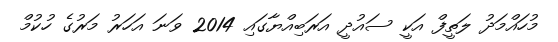
މުހައްމަދު ލަތީފް އަކީ ސައުދީ އަރަބިއްޔާގައި 2014 ވަނަ އަހަރު މަރުގެ ހުކުމް